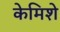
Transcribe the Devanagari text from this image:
केमिशे